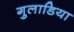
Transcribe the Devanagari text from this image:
गुलाडिया